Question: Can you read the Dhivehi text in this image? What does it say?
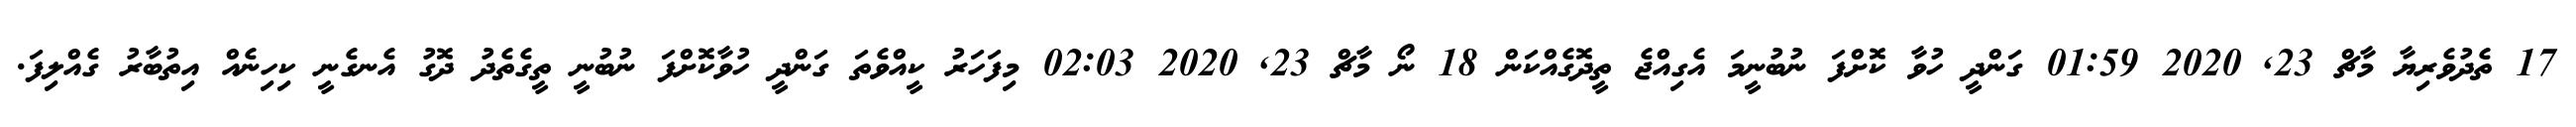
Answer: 17 ތެދުވެރިޔާ މާޗް 23, 2020 01:59 ގަންދީ ހުވާ ކޮށްފަ ނުބުނީމަ އެގިއްޖެ ތީދޮގެއްކަން 18 ނޯ މާޗް 23, 2020 02:03 މިފަހަރު ކީއްވެތަ ގަންދީ ހުވާކޮށްފަ ނުބުނީ ތީގެތެދު ދޮގު އެނގެނީ ކިހިނެއް އިތުބާރު ގެއްލިފަ.